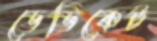
ডেডিকেট